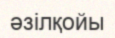
әзілқойы